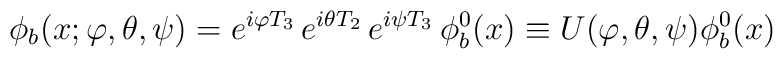
\phi_b(x;\varphi,\theta,\psi) = e^{i\varphi T_3}\, e^{i\theta T_2}    \, e^{i\psi T_3} \, \phi_b^0(x)  \equiv U(\varphi,\theta,\psi)  \phi_b^0(x)